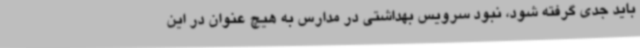
باید جدی گرفته شود، نبود سرویس بهداشتی در مدارس به هیچ عنوان در این